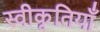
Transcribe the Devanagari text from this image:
स्वीकृतियाँ